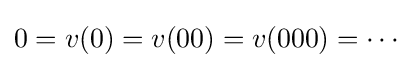
0=v(0)=v(00)=v(000)=\cdots